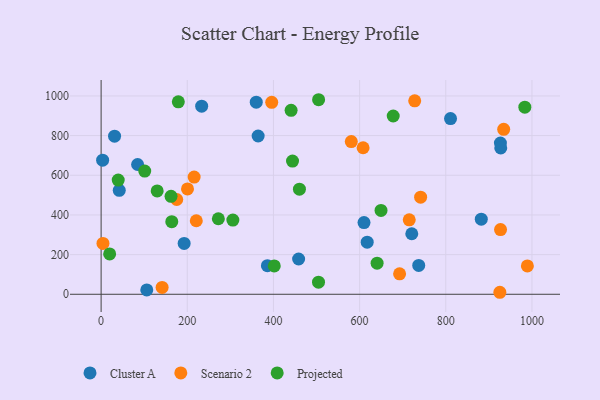
{"axis": {"x": "Investment", "y": "Demand"}, "legend": ["Cluster A", "Projected", "Scenario 2"], "data": [{"x": "458.4", "y": 177.9, "type": "Cluster A"}, {"x": "926.8", "y": 762.5, "type": "Cluster A"}, {"x": "31.2", "y": 797.0, "type": "Cluster A"}, {"x": "721.1", "y": 305.2, "type": "Cluster A"}, {"x": "610.2", "y": 361.4, "type": "Cluster A"}, {"x": "737.2", "y": 145.6, "type": "Cluster A"}, {"x": "927.6", "y": 738.1, "type": "Cluster A"}, {"x": "364.5", "y": 797.9, "type": "Cluster A"}, {"x": "84.7", "y": 654.2, "type": "Cluster A"}, {"x": "3.5", "y": 675.9, "type": "Cluster A"}, {"x": "233.4", "y": 948.2, "type": "Cluster A"}, {"x": "811.0", "y": 885.7, "type": "Cluster A"}, {"x": "106.0", "y": 21.8, "type": "Cluster A"}, {"x": "192.7", "y": 256.6, "type": "Cluster A"}, {"x": "42.1", "y": 523.9, "type": "Cluster A"}, {"x": "882.4", "y": 378.6, "type": "Cluster A"}, {"x": "386.0", "y": 144.0, "type": "Cluster A"}, {"x": "360.1", "y": 968.4, "type": "Cluster A"}, {"x": "617.6", "y": 262.7, "type": "Cluster A"}, {"x": "4.3", "y": 256.6, "type": "Scenario 2"}, {"x": "580.7", "y": 770.0, "type": "Scenario 2"}, {"x": "715.2", "y": 375.6, "type": "Scenario 2"}, {"x": "927.1", "y": 326.1, "type": "Scenario 2"}, {"x": "200.5", "y": 531.2, "type": "Scenario 2"}, {"x": "215.9", "y": 591.1, "type": "Scenario 2"}, {"x": "925.5", "y": 10.1, "type": "Scenario 2"}, {"x": "396.0", "y": 967.6, "type": "Scenario 2"}, {"x": "934.4", "y": 831.5, "type": "Scenario 2"}, {"x": "175.5", "y": 477.8, "type": "Scenario 2"}, {"x": "220.9", "y": 370.8, "type": "Scenario 2"}, {"x": "727.9", "y": 975.2, "type": "Scenario 2"}, {"x": "741.6", "y": 489.5, "type": "Scenario 2"}, {"x": "608.1", "y": 738.8, "type": "Scenario 2"}, {"x": "989.4", "y": 143.0, "type": "Scenario 2"}, {"x": "692.8", "y": 102.9, "type": "Scenario 2"}, {"x": "141.6", "y": 34.8, "type": "Scenario 2"}, {"x": "179.2", "y": 970.3, "type": "Projected"}, {"x": "130.1", "y": 521.2, "type": "Projected"}, {"x": "460.3", "y": 530.0, "type": "Projected"}, {"x": "640.6", "y": 157.0, "type": "Projected"}, {"x": "164.0", "y": 366.3, "type": "Projected"}, {"x": "504.8", "y": 980.9, "type": "Projected"}, {"x": "19.8", "y": 203.7, "type": "Projected"}, {"x": "272.1", "y": 380.8, "type": "Projected"}, {"x": "649.7", "y": 422.9, "type": "Projected"}, {"x": "441.0", "y": 927.6, "type": "Projected"}, {"x": "504.6", "y": 61.1, "type": "Projected"}, {"x": "444.3", "y": 671.6, "type": "Projected"}, {"x": "983.5", "y": 943.3, "type": "Projected"}, {"x": "162.3", "y": 493.9, "type": "Projected"}, {"x": "39.7", "y": 575.8, "type": "Projected"}, {"x": "678.0", "y": 898.9, "type": "Projected"}, {"x": "305.8", "y": 374.2, "type": "Projected"}, {"x": "101.2", "y": 621.3, "type": "Projected"}, {"x": "401.9", "y": 142.8, "type": "Projected"}]}